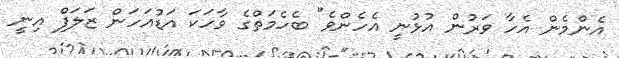
އެންމެން އެހާ ވަރުން އުޅުނީ އެހެންވެ" ބެހެމަތްގެ ވާހަކަ އަޑުއަހަން ޒަލަފް އިނީ